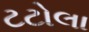
ટટોલા